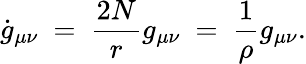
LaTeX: \dot{g}_{\mu\nu}~=~{\frac{2N}{r}}g_{\mu\nu}~=~{\frac{1}{\rho}}g_{\mu\nu}.